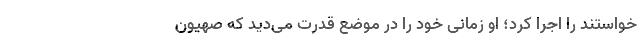
خواستند را اجرا کرد؛ او زمانی خود را در موضع قدرت می‌دید که صهیون